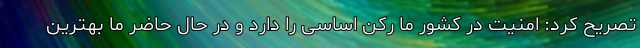
تصریح کرد: امنیت در کشور ما رکن اساسی را دارد و در حال حاضر ما بهترین